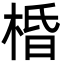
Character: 棔